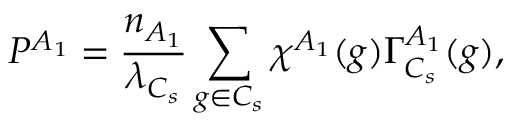
P ^ { A _ { 1 } } = \frac { n _ { A _ { 1 } } } { \lambda _ { C _ { s } } } \sum _ { g \in C _ { s } } \chi ^ { A _ { 1 } } ( g ) \Gamma _ { C _ { s } } ^ { A _ { 1 } } ( g ) ,